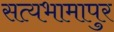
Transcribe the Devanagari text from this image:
सत्यभामापुर